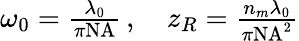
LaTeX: \begin{array}{r}{\omega_{0}=\frac{\lambda_{0}}{\pi\mathrm{NA}}\, ,\quad z_{R}=\frac{n_{m}\lambda_{0}}{\pi\mathrm{NA}^{2}}}\end{array}